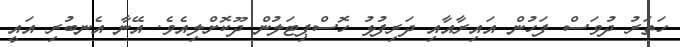
ހަތަރު ދުވަސް ފަހުން އައިރާއާއި ދަރިފުޅު ހޮސްޕިޓަލުން ދޫކޮށްލިއެވެ. އޭނާ އެނބުރި އައީ